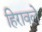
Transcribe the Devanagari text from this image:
हिरावले